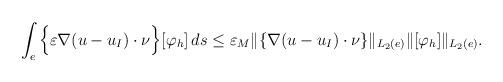
LaTeX: \begin{align*}\int_e \Big\{\varepsilon \nabla ( u - u_I ) \cdot \nu \Big\}&[\varphi_h]\, ds\leq\varepsilon_M \|\{\nabla ( u - u_I ) \cdot \nu \}\|_{L_2(e)} \| [\varphi_h] \|_{L_2(e)}.\end{align*}